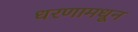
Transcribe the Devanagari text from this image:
धरणामधून